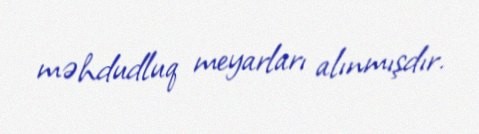
məhdudluq meyarları alınmışdır.